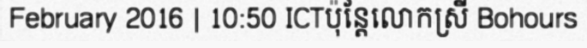
February 2016 | 10:50 ICTប៉ុន្តែលោកស្រី Bohours